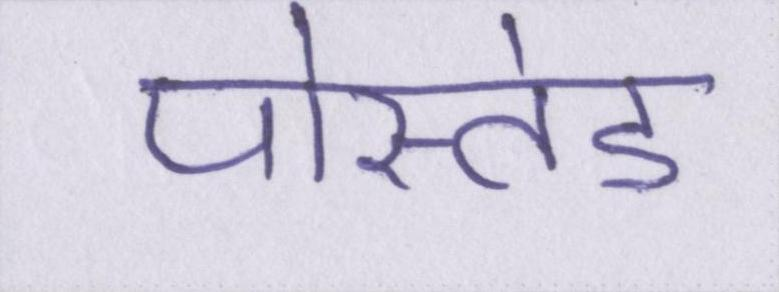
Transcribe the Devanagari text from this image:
पोस्तेड